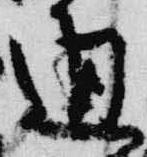
通